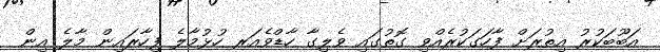
އަބޫބަކުރު އިތުރަށް ފާހަގަކުރެއްވި ގޮތުގައި ވެލިގާ ހާޑްވެއަރ ހުޅުމާލެ ފިހާރައިން މާލެ އިން